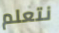
نتعلم